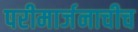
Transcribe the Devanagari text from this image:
परीमार्जनाचीच